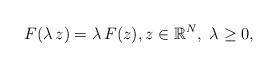
LaTeX: \begin{align*}F(\lambda\, z)=\lambda\, F(z),z\in\mathbb{R}^N,\ \lambda\ge 0,\end{align*}